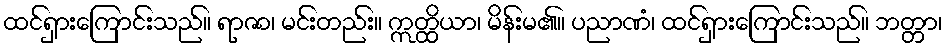
ထင်ရှားကြောင်းသည်။ ရာဇာ၊ မင်းတည်း။ ဣတ္ထိယာ၊ မိန်းမ၏။ ပညာဏံ၊ ထင်ရှားကြောင်းသည်။ ဘတ္တာ၊